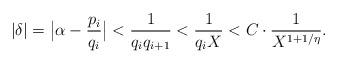
LaTeX: \begin{align*}|\delta| = \big | \alpha - \frac{p_{i}}{q_{i}} \big | < \frac{1}{q_{i}q_{i+1}} < \frac{1}{q_{i}X} < C\cdot \frac{1}{X^{1+1/\eta}}.\end{align*}